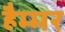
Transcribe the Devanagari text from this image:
हैम्मर